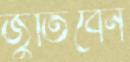
জুতিবেন